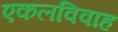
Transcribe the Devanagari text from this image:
एकलविवाह